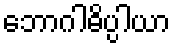
ဘောဂါဓိပ္ပါယာ